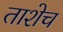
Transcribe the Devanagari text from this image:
ताशेच